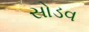
સોડવ